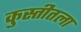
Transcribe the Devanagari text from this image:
कुस्तीतला